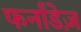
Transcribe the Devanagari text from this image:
फर्नांडेज़